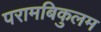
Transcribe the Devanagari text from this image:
परामबिकुलम